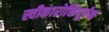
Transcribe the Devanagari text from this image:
स्वीकारोक्तिपूर्वक